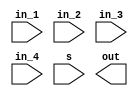
/* mux16_4_1.v - 16-bit 4:1 mux */
module mux16_4_1(
		 // Inputs
		 in_1, in_2, in_3, in_4,
		 s,
		 // Outputs
		 out
		 );
   // Inputs
   input [15:0] in_1, in_2, in_3, in_4;
   input [1:0]  s;

   // Outputs
   output [15:0] out;
   
   
endmodule // mux16_4_1